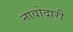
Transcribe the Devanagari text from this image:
नावोदारी